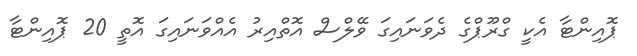
ޕޮއިންޓާ އެކީ ގްރޫޕްގެ ދެވަނައިގަ ވޭލްސް އޮތްއިރު އެއްވަނައިގަ އޮތީ 20 ޕޮއިންޓާ